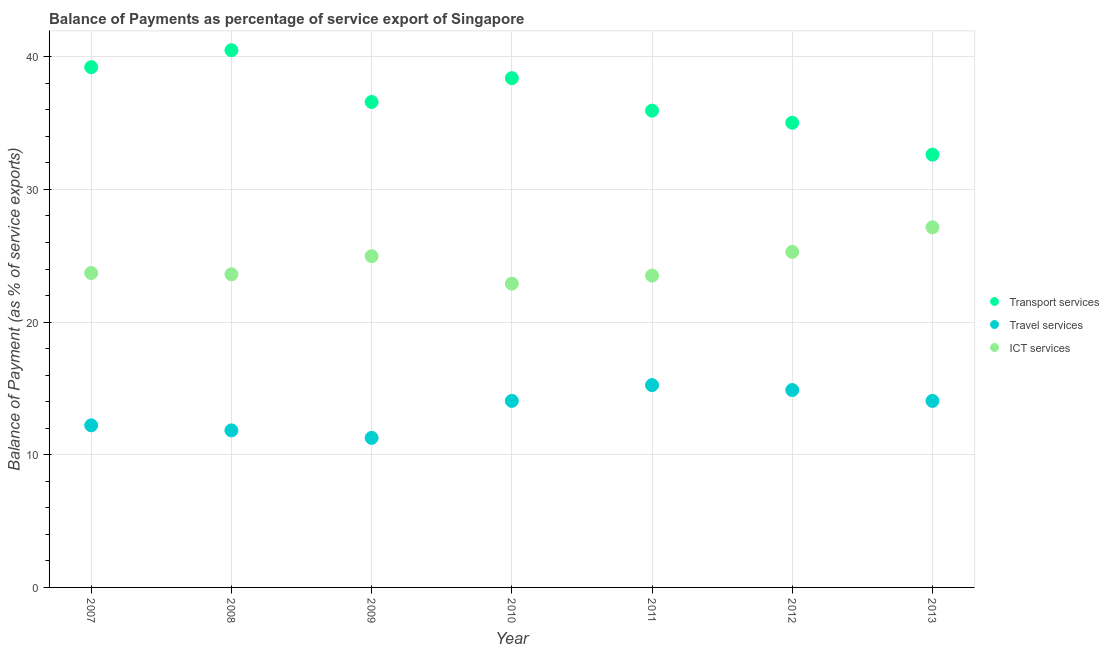
| Year | Transport services | Travel services | ICT services |
 | --- | --- | --- | --- |
 | 2007 | 39.2 | 12.2 | 23.7 |
 | 2008 | 40.5 | 11.8 | 23.6 |
 | 2009 | 36.6 | 11.3 | 25 |
 | 2010 | 38.4 | 14.1 | 22.9 |
 | 2011 | 35.9 | 15.3 | 23.5 |
 | 2012 | 35 | 14.9 | 25.3 |
 | 2013 | 32.6 | 14.1 | 27.1 |